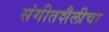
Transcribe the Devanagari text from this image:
संगीतशैलीचा